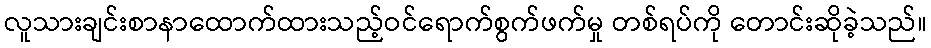
လူသားချင်းစာနာထောက်ထားသည့်ဝင်ရောက်စွက်ဖက်မှု တစ်ရပ်ကို တောင်းဆိုခဲ့သည်။